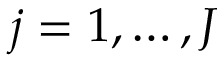
j = 1 , \hdots , J